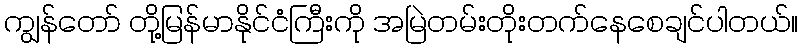
ကျွန်တော် တို့မြန်မာနိုင်ငံကြီးကို အမြဲတမ်းတိုးတက်နေစေချင်ပါတယ်။